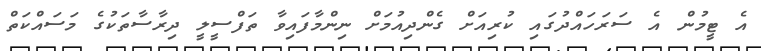
އެ ޓީމުން އެ ސަރަހައްދުގައި ކުރިއަށް ގެންދިއުމަށް ނިންމާފައިވާ ތަފްސީލީ ދިރާސާތަކުގެ މަސައްކަތް